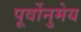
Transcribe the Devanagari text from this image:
पूर्वोनुमेय